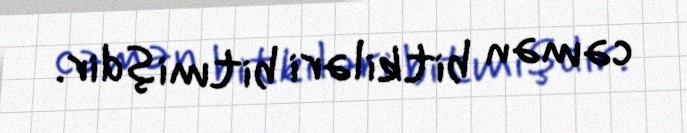
cəmən bitkiləri bitmişdir.